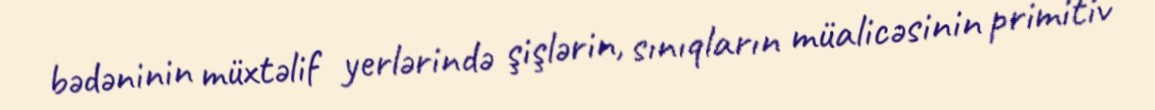
bədəninin müxtəlif yerlərində şişlərin, sınıqların müalicəsinin primitiv